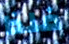
فلذا